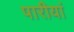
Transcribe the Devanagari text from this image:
पारीयां